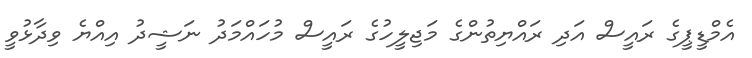
އެމްޑީޕީގެ ރައީސް އަދި ރައްޔިތުންގެ މަޖިލީހުގެ ރައީސް މުހައްމަދު ނަޝީދު އިއްޔެ ވިދާޅުވީ